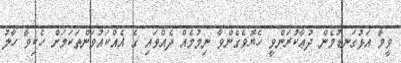
ވީމާ އަޅުގަނޑުމެން ދުޢާކުރަންވީ ހެޔޮވެގެންވާ ނިމުމެއް ދެއްވައި ގެ އެއްކައުވަންތަކަމަށް ހެކިވާ ހާލު